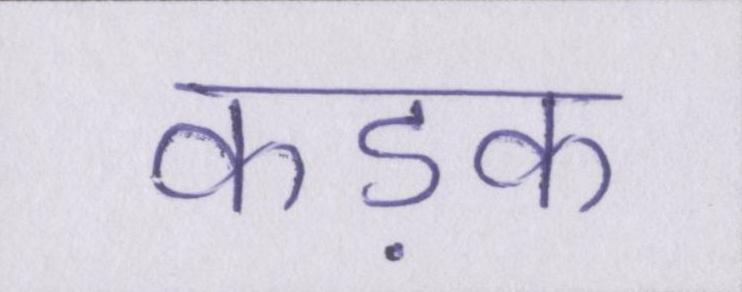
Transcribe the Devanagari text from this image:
कड़क